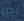
بخير